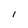
Character: l